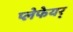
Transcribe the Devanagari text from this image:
प्लेफेयर्